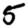
Digit: 5